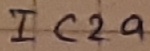
Text: IC2a